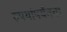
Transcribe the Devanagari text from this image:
रुपयांपर्यंतचा